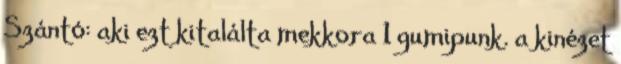
Szántó: aki ezt kitalálta mekkora 1 gumipunk. a kinézet